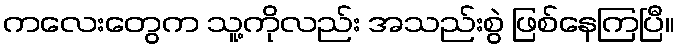
ကလေးတွေက သူ့ကိုလည်း အသည်းစွဲ ဖြစ်နေကြပြီ။